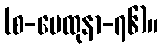
(စ-မေထုနာ-၇၆)။